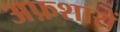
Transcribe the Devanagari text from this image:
अफ़शारों